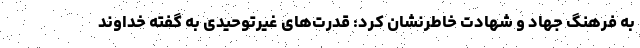
به فرهنگ جهاد و شهادت خاطرنشان کرد: قدرت‌های غیرتوحیدی به گفته خداوند